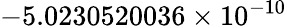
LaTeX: -5.0230520036\times 10^{-10}